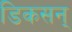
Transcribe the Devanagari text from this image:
डिकसन्